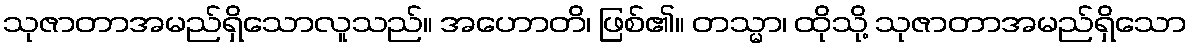
သုဇာတာအမည်ရှိသောလူသည်။ အဟောတိ၊ ဖြစ်၏။ တသ္မာ၊ ထိုသို့ သုဇာတာအမည်ရှိသော